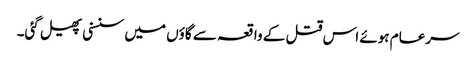
سرعام ہوئے اس قتل کے واقعہ سے گاؤں میں سنسنی پھیل گئی۔